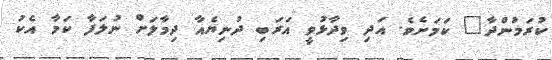
ކުރަމުންދާ" ކަމަށެވެ. އަދި ވިދާޅުވީ އަރަބި ދުނިޔެއާ ދިމާލަށް ނުލަފާ ކަމާ އެކު